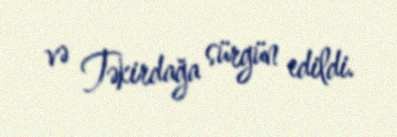
və Təkirdağa sürgün edildi.